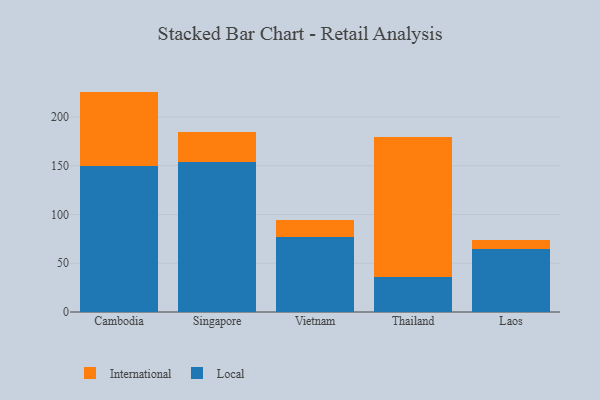
{"axis": {"x": "Country", "y": "Latency (ms)"}, "legend": ["International", "Local"], "data": [{"x": "Cambodia", "y": 150.0, "type": "Local"}, {"x": "Cambodia", "y": 76.1, "type": "International"}, {"x": "Singapore", "y": 153.8, "type": "Local"}, {"x": "Singapore", "y": 30.5, "type": "International"}, {"x": "Vietnam", "y": 77.3, "type": "Local"}, {"x": "Vietnam", "y": 17.3, "type": "International"}, {"x": "Thailand", "y": 35.4, "type": "Local"}, {"x": "Thailand", "y": 143.9, "type": "International"}, {"x": "Laos", "y": 64.8, "type": "Local"}, {"x": "Laos", "y": 8.9, "type": "International"}]}